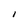
Character: I